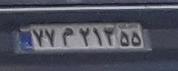
۷۷م۲۱۳۵۵